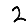
Digit: 2